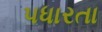
પધારતા